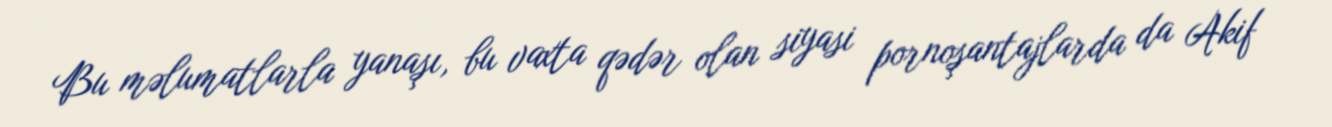
Bu məlumatlarla yanaşı, bu vaxta qədər olan siyasi pornoşantajlarda da Akif